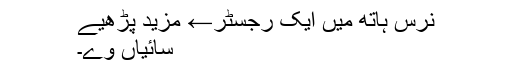
نرس ہاتھ میں ایک رجسٹر← مزید پڑھیے
سائیاں وے۔